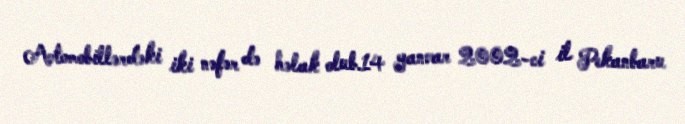
Avtomobillərdəki iki nəfər də həlak olub.14 yanvar 2002-ci il Pekanbaru